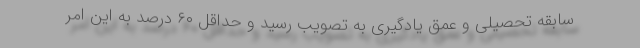
سابقه تحصیلی و عمق یادگیری به تصویب رسید و حداقل ۶۰ درصد به این امر